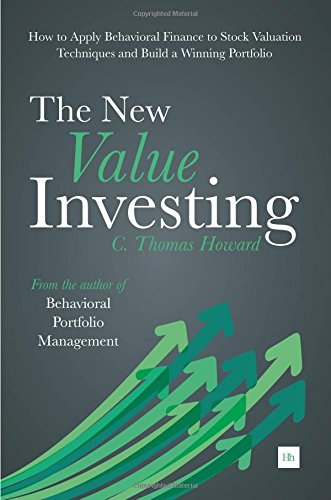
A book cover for The New Value Investing: How to Apply Behavioral Finance to Stock Valuation Techniques and Build a Winning Portfolio; C. Thomas Howard; Business & Money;